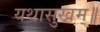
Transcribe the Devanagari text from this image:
यथासुखम्॥